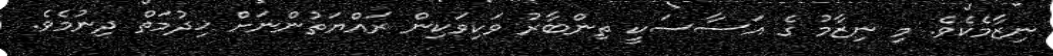
ނިޒާމެކެވެ. މި ނިޒާމު ގެ އަސާސަކީ ތިންބާރު ވަކިވަކިން ރައްޔަތުންނަށް ޚިދުމަތް ދިނުމެވެ.